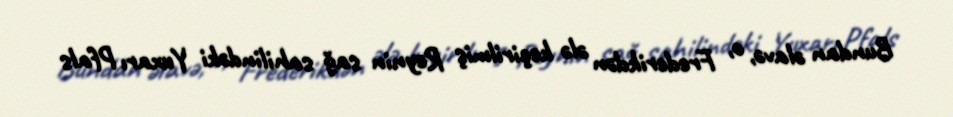
Bundan əlavə, o, Frederikdən ələ keçirilmiş Reynin sağ sahilindəki Yuxarı Pfals